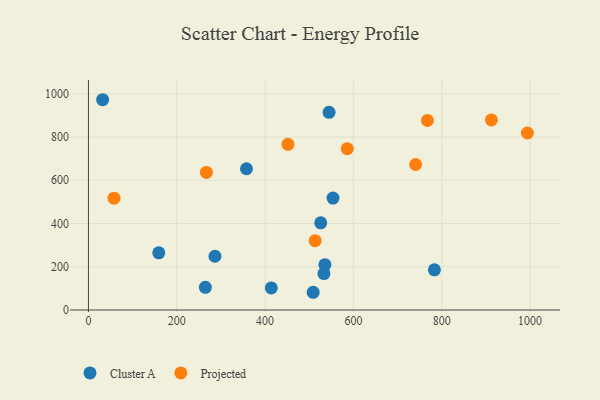
{"axis": {"x": "Ad Spend", "y": "Yield"}, "legend": ["Cluster A", "Projected"], "data": [{"x": "414.0", "y": 102.2, "type": "Cluster A"}, {"x": "783.3", "y": 185.8, "type": "Cluster A"}, {"x": "525.9", "y": 402.9, "type": "Cluster A"}, {"x": "533.2", "y": 168.2, "type": "Cluster A"}, {"x": "32.1", "y": 972.3, "type": "Cluster A"}, {"x": "508.8", "y": 81.9, "type": "Cluster A"}, {"x": "544.8", "y": 913.9, "type": "Cluster A"}, {"x": "286.5", "y": 248.5, "type": "Cluster A"}, {"x": "159.2", "y": 264.3, "type": "Cluster A"}, {"x": "553.7", "y": 517.6, "type": "Cluster A"}, {"x": "264.7", "y": 105.0, "type": "Cluster A"}, {"x": "357.8", "y": 653.1, "type": "Cluster A"}, {"x": "535.4", "y": 209.6, "type": "Cluster A"}, {"x": "912.4", "y": 878.7, "type": "Projected"}, {"x": "451.8", "y": 765.9, "type": "Projected"}, {"x": "513.3", "y": 320.6, "type": "Projected"}, {"x": "740.8", "y": 672.7, "type": "Projected"}, {"x": "767.5", "y": 876.5, "type": "Projected"}, {"x": "267.1", "y": 636.1, "type": "Projected"}, {"x": "586.0", "y": 745.8, "type": "Projected"}, {"x": "57.8", "y": 517.0, "type": "Projected"}, {"x": "993.8", "y": 818.4, "type": "Projected"}]}